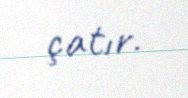
çatır.